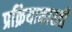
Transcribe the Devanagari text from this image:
प्रक्रियाकारही